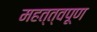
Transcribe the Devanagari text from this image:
महत्त्वपूण